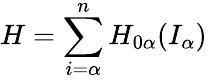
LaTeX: H=\sum_{i=\alpha}^{n}H_{0\alpha}(I_{\alpha})